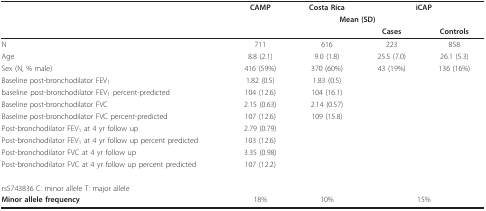
<table><thead><tr><td></td><td><b>CAMP</b></td><td><b>Costa Rica</b></td><td colspan="2"><b>iCAP</b></td></tr><tr><td></td><td></td><td colspan="2"><b>Mean (SD)</b></td><td></td></tr><tr><td></td><td></td><td></td><td><b>Cases</b></td><td><b>Controls</b></td></tr></thead><tbody><tr><td>N</td><td>711</td><td>616</td><td>223</td><td>858</td></tr><tr><td>Age</td><td>8.8 (2.1)</td><td>9.0 (1.8)</td><td>25.5 (7.0)</td><td>26.1 (5.3)</td></tr><tr><td>Sex (N, % male)</td><td>416 (59%)</td><td>370 (60%)</td><td>43 (19%)</td><td>136 (16%)</td></tr><tr><td>Baseline post-bronchodilator FEV<sub>1</sub></td><td>1.82 (0.5)</td><td>1.83 (0.5)</td><td></td><td></td></tr><tr><td>baseline post-bronchodilator FEV<sub>1 </sub>percent-predicted</td><td>104 (12.6)</td><td>104 (16.1)</td><td></td><td></td></tr><tr><td>Baseline post-bronchodilator FVC</td><td>2.15 (0.63)</td><td>2.14 (0.57)</td><td></td><td></td></tr><tr><td>Baseline post-bronchodilator FVC percent-predicted</td><td>107 (12.6)</td><td>109 (15.8)</td><td></td><td></td></tr><tr><td>Post-bronchodilator FEV<sub>1 </sub>at 4 yr follow up</td><td>2.79 (0.79)</td><td></td><td></td><td></td></tr><tr><td>Post-bronchodilator FEV<sub>1 </sub>at 4 yr follow up percent predicted</td><td>103 (12.6)</td><td></td><td></td><td></td></tr><tr><td>Post-bronchodilator FVC at 4 yr follow up</td><td>3.35 (0.98)</td><td></td><td></td><td></td></tr><tr><td>Post-bronchodilator FVC at 4 yr follow up percent predicted</td><td>107 (12.2)</td><td></td><td></td><td></td></tr><tr><td>rs5743836 C: minor allele T: major allele</td><td></td><td></td><td></td><td></td></tr><tr><td><b>Minor allele frequency</b></td><td>18%</td><td>10%</td><td colspan="2">15%</td></tr></tbody></table>